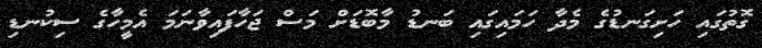
ގޮތުގައި ހަށިގަނޑުގެ މެދާ ހަމައިގައި ބަނޑު މާބޮޑަށް މަސް ޖަހާފައިވާނަމަ އެމީހާގެ ސިކުނޑި